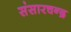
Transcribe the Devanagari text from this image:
संसारचन्द्र